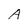
Character: A